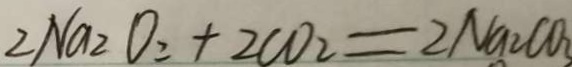
2 N a _ { 2 } O _ { 2 } + 2 C O _ { 2 } = 2 N a _ { 2 } C O _ { 3 }